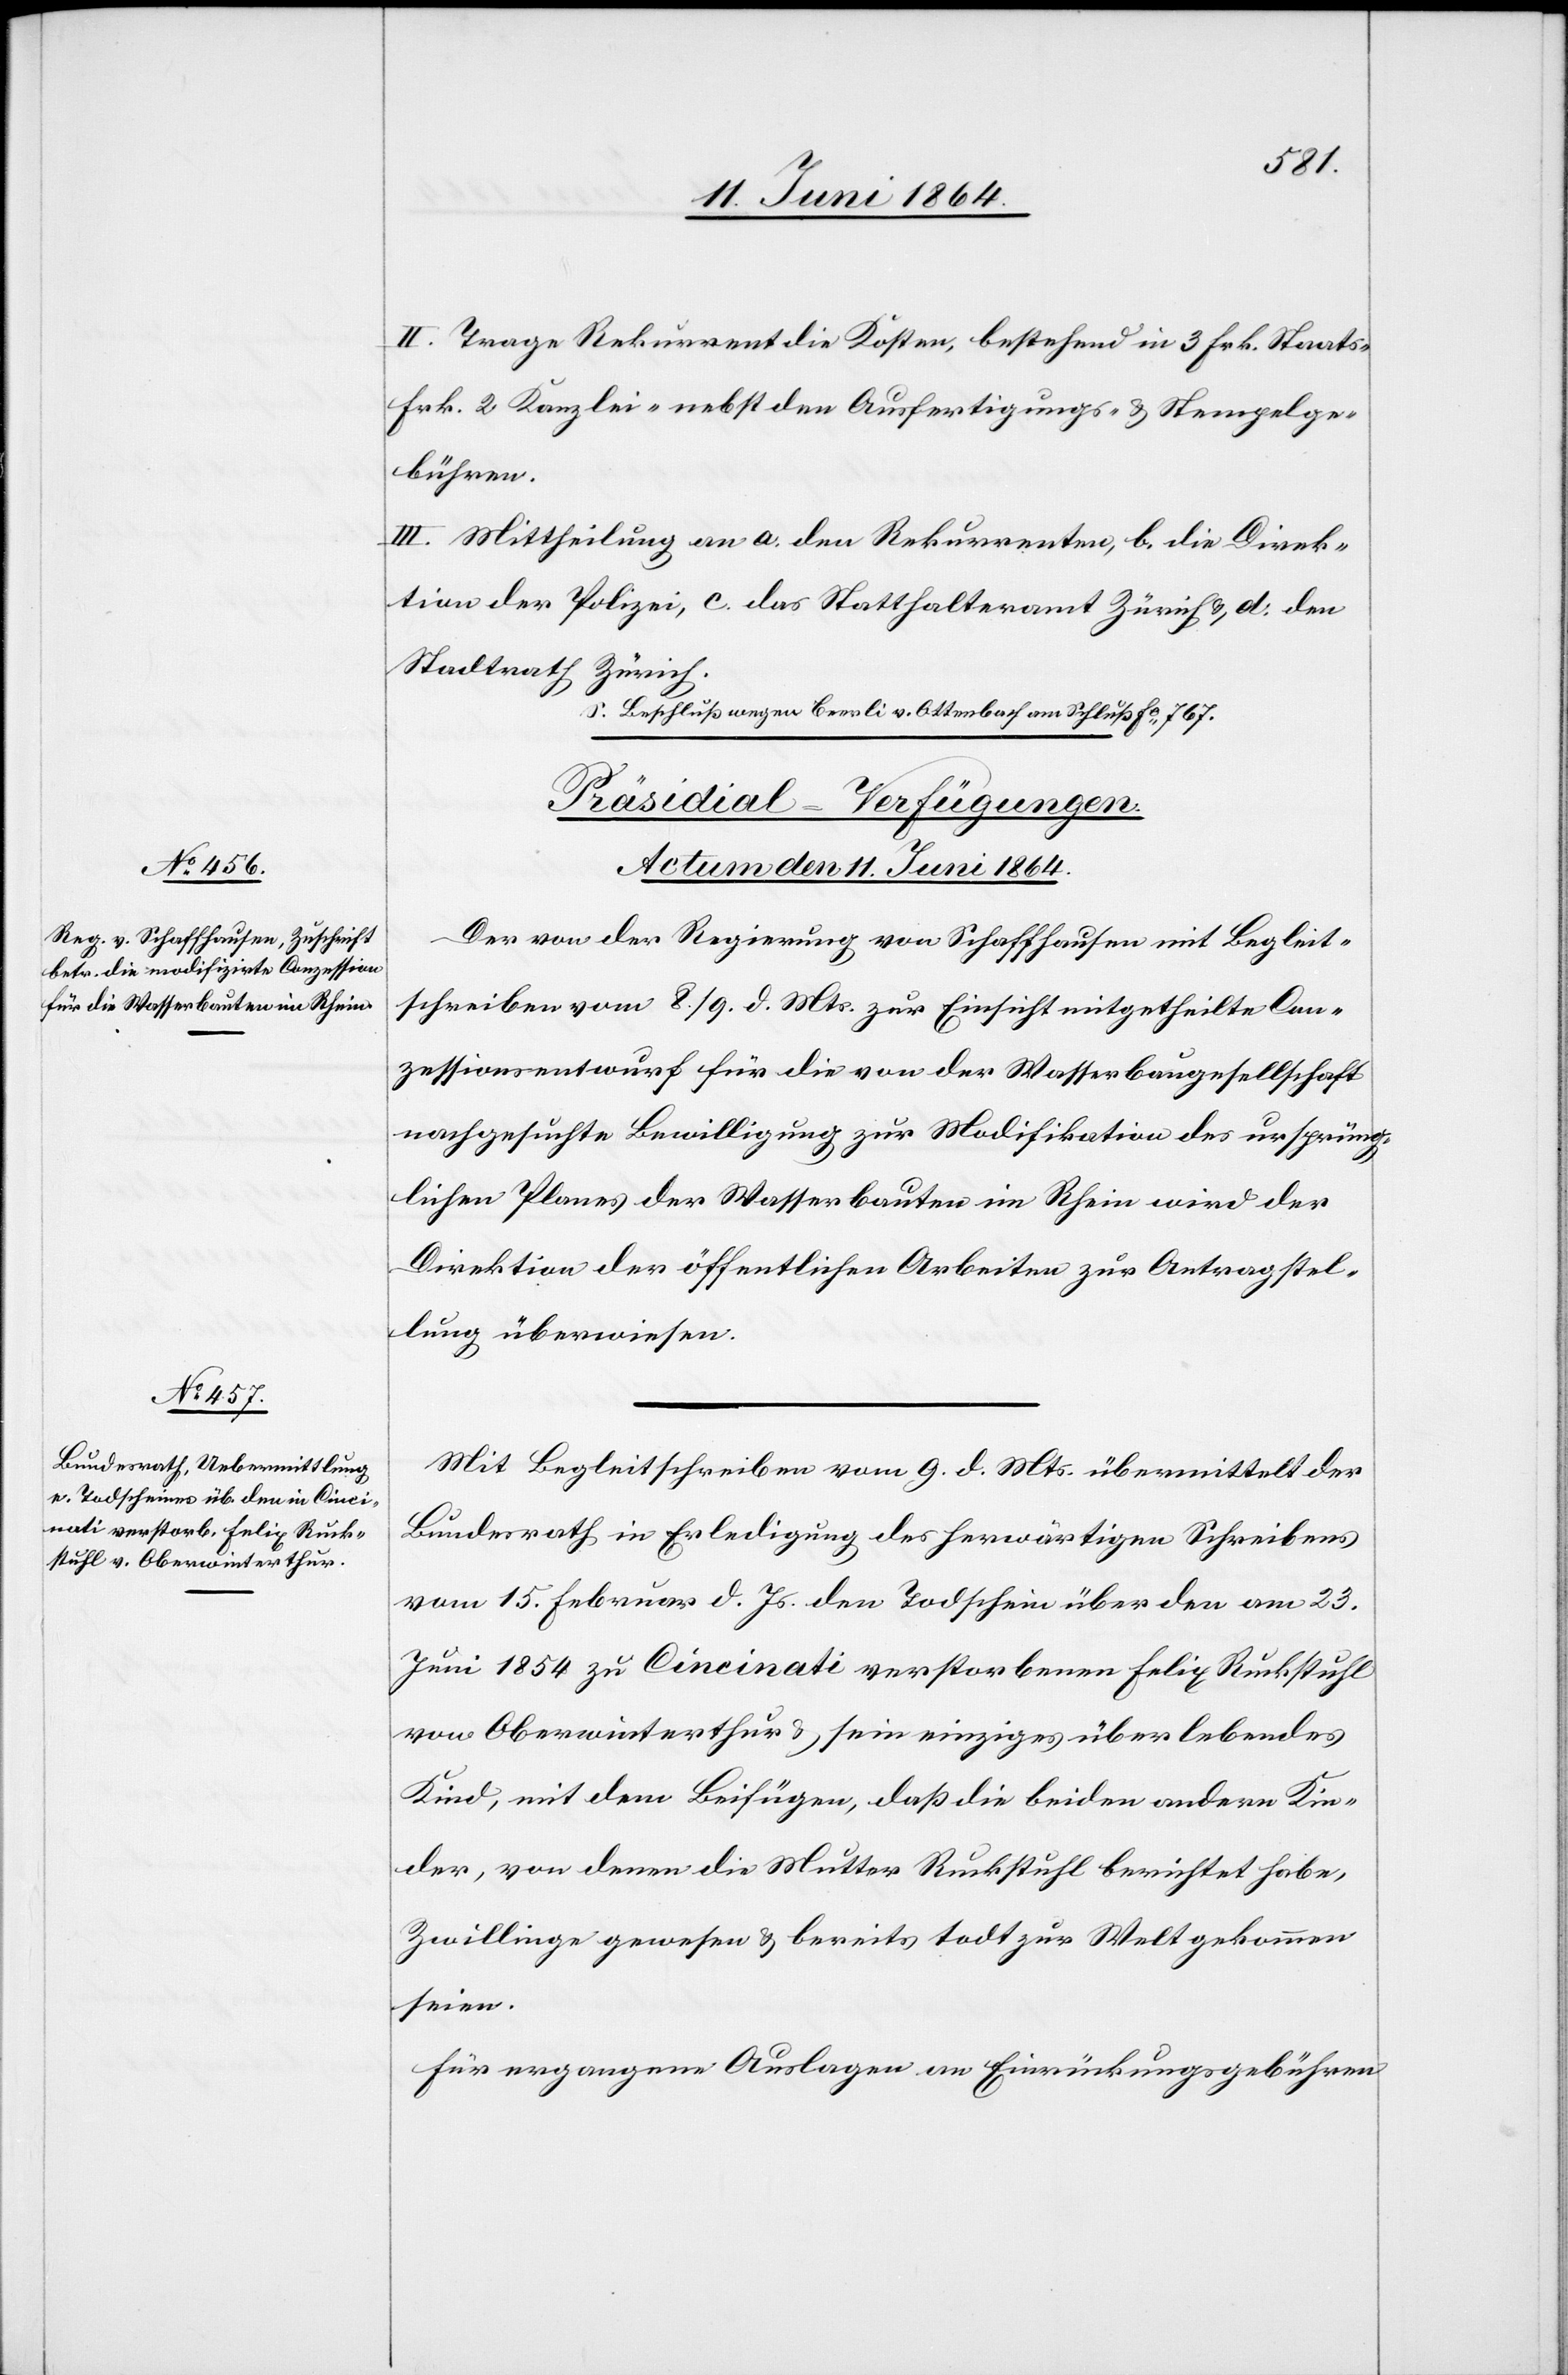
II. Trage Rekurrent die Kosten, bestehend in 3 Frk. Staats-[,]
Frk. Kanzlei-[,] nebst den Ausfertigungs- u. Stempelge¬
bühren.
III. Mittheilung an a. den Rekurrenten, b. die Direk¬
tion der Polizei, c. das Statthalteramt Zürich u. d. den
Stadtrath Zürich.
a-S. Beschluß wegen Beerli v. Ottenbach am Schluß Fo 767.-a
[Präsidial-Verfügungen.
Actum den 11. Juni 1864.]
Der von der Regierung von Schaffhausen mit Begleit¬
schreiben vom 8./9. d. Mts. zur Einsicht mitgetheilte Con¬
zessionsentwurf für die von der Wasserbaugesellschaft
nachgesuchte Bewilligung zur Modifikation des ursprüng¬
lichen Planes der Wasserbauten im Rhein wird der
Direktion der öffentlichen Arbeiten zur Antragstel¬
lung überwiesen.
Mit Begleitschrieben vom 9. d. Mts. übermittelt der
Bundesrath in Erledigung des herwärtigen Schreibens
vom 15. Februar d. Js. den Todschein über den am 23.
Juni 1854 zu Cincinati verstorbenen Felix Ruckstuhl
von Oberwinterthur u. sein einziges überlebendes
Kind, mit dem Beifügen, daß die beiden andern Kin¬
der, von denen die Mutter Ruckstuhl berichtet habe,
Zwillinge gewesen u. bereits todt zur Welt gekommen
seien.
Für ergangene Auslagen an Einrückungebühren